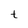
Character: t